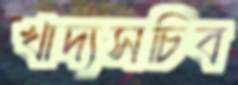
খাদ্যসচিব